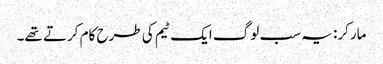
مارکر: یہ سب لوگ ایک ٹیم کی طرح کام کرتے تھے۔